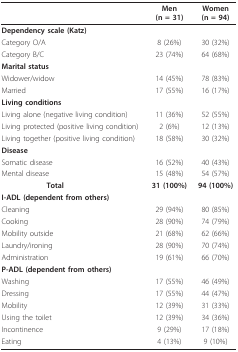
<table><thead><tr><td></td><td><b>Men (n = 31)</b></td><td><b>Women (n = 94)</b></td></tr></thead><tbody><tr><td><b>Dependency scale (Katz)</b></td><td></td><td></td></tr><tr><td>Category O/A</td><td>8 (26%)</td><td>30 (32%)</td></tr><tr><td>Category B/C</td><td>23 (74%)</td><td>64 (68%)</td></tr><tr><td><b>Marital status</b></td><td></td><td></td></tr><tr><td>Widower/widow</td><td>14 (45%)</td><td>78 (83%)</td></tr><tr><td>Married</td><td>17 (55%)</td><td>16 (17%)</td></tr><tr><td><b>Living conditions</b></td><td></td><td></td></tr><tr><td>Living alone (negative living condition)</td><td>11 (36%)</td><td>52 (55%)</td></tr><tr><td>Living protected (positive living condition)</td><td>2 (6%)</td><td>12 (13%)</td></tr><tr><td>Living together (positive living condition)</td><td>18 (58%)</td><td>30 (32%)</td></tr><tr><td><b>Disease</b></td><td></td><td></td></tr><tr><td>Somatic disease</td><td>16 (52%)</td><td>40 (43%)</td></tr><tr><td>Mental disease</td><td>15 (48%)</td><td>54 (57%)</td></tr><tr><td><b>Total</b></td><td><b>31 (100%)</b></td><td><b>94 (100%)</b></td></tr><tr><td><b>I-ADL (dependent from others)</b></td><td></td><td></td></tr><tr><td>Cleaning</td><td>29 (94%)</td><td>80 (85%)</td></tr><tr><td>Cooking</td><td>28 (90%)</td><td>74 (79%)</td></tr><tr><td>Mobility outside</td><td>21 (68%)</td><td>62 (66%)</td></tr><tr><td>Laundry/ironing</td><td>28 (90%)</td><td>70 (74%)</td></tr><tr><td>Administration</td><td>19 (61%)</td><td>66 (70%)</td></tr><tr><td><b>P-ADL (dependent from others)</b></td><td></td><td></td></tr><tr><td>Washing</td><td>17 (55%)</td><td>46 (49%)</td></tr><tr><td>Dressing</td><td>17 (55%)</td><td>44 (47%)</td></tr><tr><td>Mobility</td><td>12 (39%)</td><td>31 (33%)</td></tr><tr><td>Using the toilet</td><td>12 (39%)</td><td>34 (36%)</td></tr><tr><td>Incontinence</td><td>9 (29%)</td><td>17 (18%)</td></tr><tr><td>Eating</td><td>4 (13%)</td><td>9 (10%)</td></tr></tbody></table>